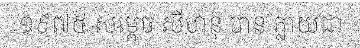
១៩៧៥ សម្តេច សីហនុ បាន ក្លាយជា